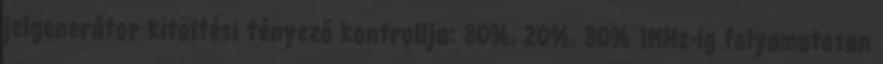
jelgenerátor kitöltési tényező kontrollja: 80%, 20%, 80% 1MHz-ig folyamatosan